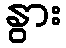
နွား